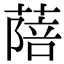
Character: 䔒